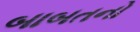
બાબતનો